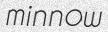
minnow